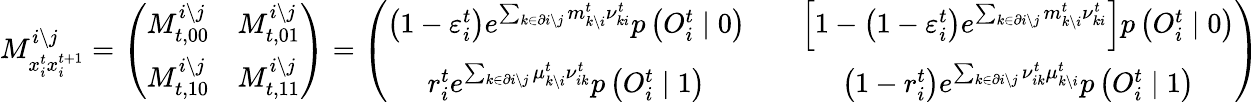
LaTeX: M_{x_{i}^{t}x_{i}^{t+1}}^{i\setminus j}=\left(\begin{array}{cc}{M_{t,00}^{i\setminus j}}&{M_{t,01}^{i\setminus j}}\\ {M_{t,10}^{i\setminus j}}&{M_{t,11}^{i\setminus j}}\end{array}\right)=\left(\begin{array}{ccc}{\left(1-\varepsilon_{i}^{t}\right)e^{\sum_{k\in\partial i\setminus j}m_{k\setminus i}^{t}{\nu}_{ki}^{t}}p\left(O_{i}^{t}\mid 0\right)}&&{\left[1-\left(1-\varepsilon_{i}^{t}\right)e^{\sum_{k\in\partial i\setminus j}m_{k\setminus i}^{t}{\nu}_{ki}^{t}}\right]p\left(O_{i}^{t}\mid 0\right)}\\ {r_{i}^{t}e^{\sum_{k\in\partial i\setminus j}\mu_{k\setminus i}^{t}{\nu}_{ik}^{t}}p\left(O_{i}^{t}\mid 1\right)}&&{\left(1-r_{i}^{t}\right)e^{\sum_{k\in\partial i\setminus j}\nu_{ik}^{t}\mu_{k\setminus i}^{t}}p\left(O_{i}^{t}\mid 1\right)}\end{array}\right)